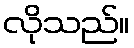
လိုသည်။